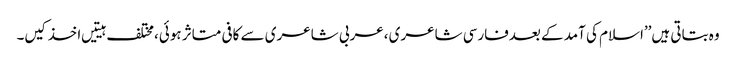
وہ بتاتی ہیں’’اسلام کی آمد کے بعدفارسی شاعری ،عربی شاعری سے کافی متاثر ہوئی،مختلف ہیتیں اخذ کیں۔